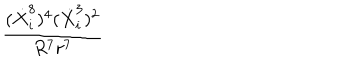
\frac { ( \dot { X } _ { i } ^ { 8 } ) ^ { 4 } ( \dot { X } _ { i } ^ { 3 } ) ^ { 2 } } { R ^ { 7 } r ^ { 7 } }